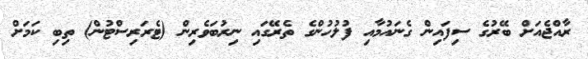
ރާއްޖެއަށް ބޭރުގެ ސިފައިން ގެނައުމާއި ފުލުހުންގެ ތެރޭގައި ނިރުބަވެރިން (ޓެރަރިސްޓުން) ތިބި ކަމަށް